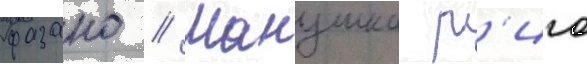
фазано // Манушка р'иго